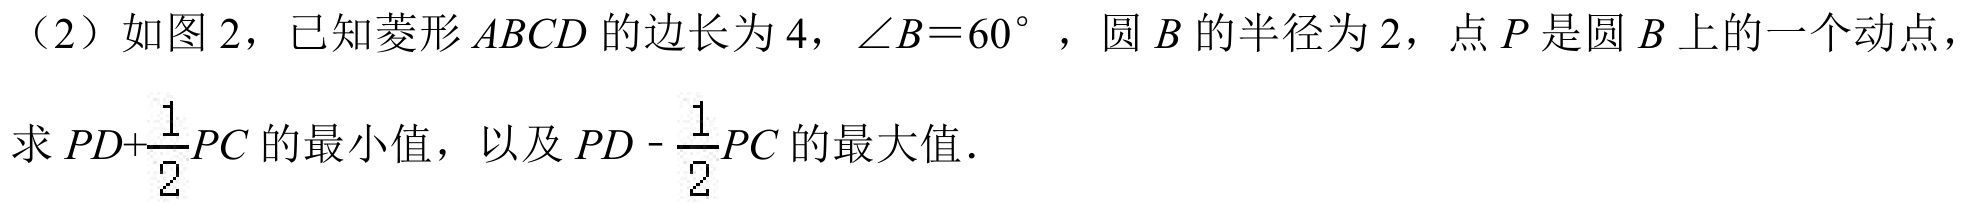
（2）如图 2，已知菱形\(ABCD\)的边长为\(4\)，\(\angle B = 60^{\circ}\) ，圆\(B\)的半径为\(2\)，点\(P\)是圆\(B\)上的一个动点，求\(PD+\frac{1}{2}PC\)的最小值，以及\(PD - \frac{1}{2}PC\) 的最大值．